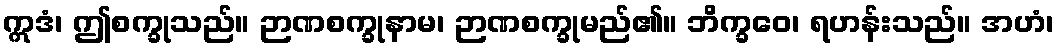
ဣဒံ၊ ဤစက္ခုသည်။ ဉာဏစက္ခုနာမ၊ ဉာဏစက္ခုမည်၏။ ဘိက္ခဝေ၊ ရဟန်းသည်။ အဟံ၊